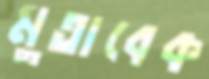
মুতাবেক